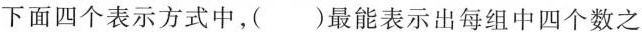
下面四个表示方式中，( )最能表示出每组中四个数之